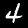
Digit: 4